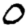
Digit: 0